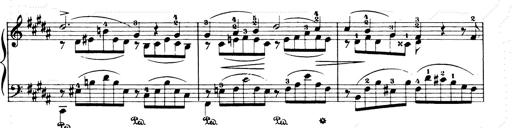
Title: Consolations and LiebestrÃ¤ume for the Piano
Composer: Franz Liszt